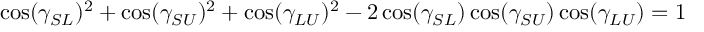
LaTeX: \cos ( \gamma _ { S L } ) ^ { 2 } + \cos ( \gamma _ { S U } ) ^ { 2 } + \cos ( \gamma _ { L U } ) ^ { 2 } - 2 \cos ( \gamma _ { S L } ) \cos ( \gamma _ { S U } ) \cos ( \gamma _ { L U } ) = 1